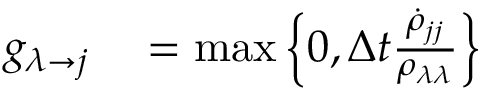
\begin{array} { r l } { g _ { \lambda \rightarrow j } } & { { } = \operatorname* { m a x } \left\{ 0 , \Delta t \frac { \dot { \rho } _ { j j } } { \rho _ { \lambda \lambda } } \right\} } \end{array}